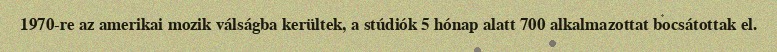
1970-re az amerikai mozik válságba kerültek, a stúdiók 5 hónap alatt 700 alkalmazottat bocsátottak el.